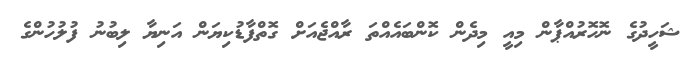
ޝަހީދުގެ ނޮހޮރުއްޕާން މިއީ މިދެން ކޮންބައެއްތަ ރާއްޖެއަށް ގޮތްފާޑުކިޔަން އަނިޔާ ލިބުނު ފުލުހުންގެ